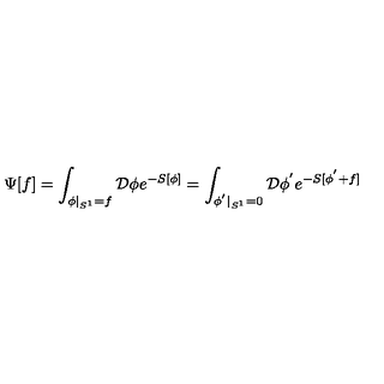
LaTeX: \Psi [ f ] = \int _ { \phi | _ { S ^ { 1 } } = f } { \cal D } \phi e ^ { - S [ \phi ] } = \int _ { \phi ^ { ' } | _ { S ^ { 1 } } = 0 } { \cal D } \phi ^ { ' } e ^ { - S [ \phi ^ { ' } + f ] }